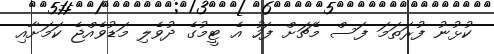
ކުޅުނު ފުރަތަމަ ފަސް މެޗަށް ފަހު އެ ޓީމުގެ ދުވެލި މަޑުވެއްޖެ ކަމަށާއި